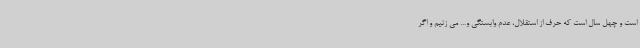
است و چهل سال است که حرف از استقلال، عدم وابستگی و... می زنیم و اگر